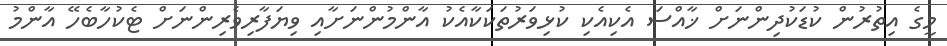
މީގެ އިތުރުން ކުޑަކުދިންނަށް ޚާއްސަ އެކިއެކި ކުޅިވަރުތަކަކާއެކު އާންމުންނަށާއި ވިޔަފާރިވެރިންނަށް ޓެކުހާބެހޭ އާންމު